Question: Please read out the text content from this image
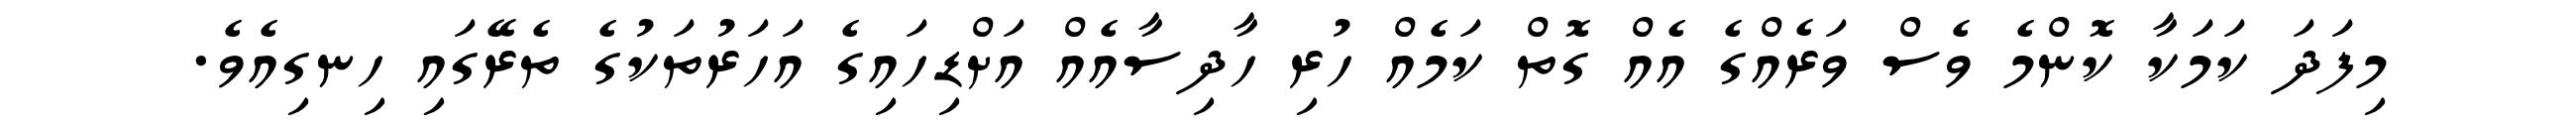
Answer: މިފަދަ ކަމަކާ ކޮންމެ ވެސް ވަރެއްގެ އެއް ގޮތް ކަމެއް ހުރި ހާދިސާއެއް އަށްޑިހައިގެ އަހަރުތަކުގެ ތެރޭގައި ހިނގިއެވެ.